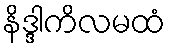
နိဒ္ဒါကိလမထံ